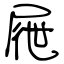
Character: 屜